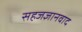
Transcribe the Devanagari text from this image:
सहजज्ञानवाद